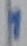
Text: 1